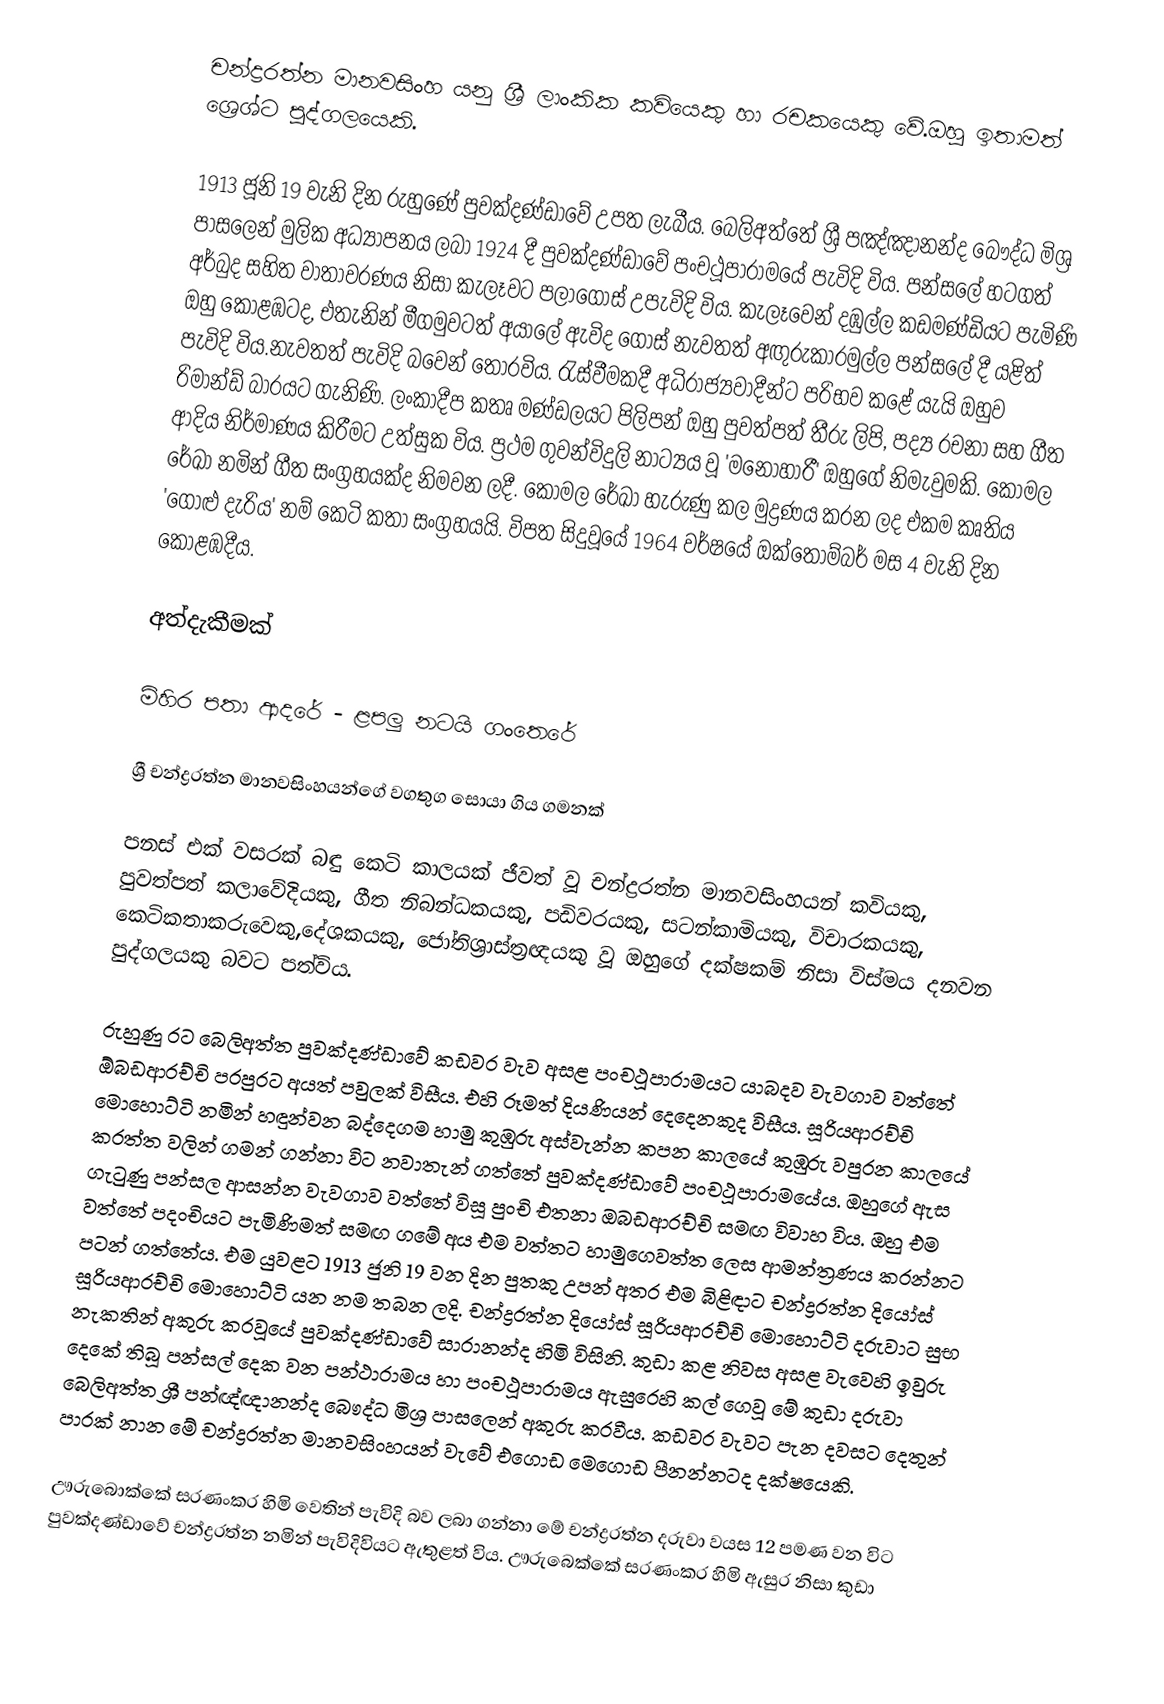
චන්ද්‍රරත්න මානවසිංහ යනු ශ්‍රී ලාංකික කවියෙකු හා රචකයෙකු වේ.ඔහු ඉතාමත් ශ්‍රෙශ්ට පුද්ගලයෙකි.

1913 ජූනි 19 වැනි දින රුහුණේ පුවක්දණ්ඩාවේ උපත ලැබීය. බෙලිඅත්තේ ශ්‍රී පඤ්ඤානන්ද බෞද්ධ මිශ්‍ර පාසලෙන් මුලික අධ්‍යාපනය ලබා 1924 දී පුවක්දණ්ඩාවේ පංචථූපාරාමයේ පැවිදි විය. පන්සලේ හටගත් අර්බුද සහිත වාතාවරණය නිසා කැලෑවට පලාගොස් උපැවිදි විය. කැලෑවෙන් දඹුල්ල කඩමණ්ඩියට පැමිණි ඔහු කොළඹටද, එතැනින් මීගමුවටත් අයාලේ ඇවිද ගොස් නැවතත් අඟුරුකාරමුල්ල පන්සලේ දී යළිත් පැවිදි විය.නැවතත් පැවිදි බවෙන් තොරවිය. රැස්වීමකදී අධිරාජ්‍යවාදීන්ට පරිභව කළේ යැයි ඔහුව රිමාන්ඩ් බාරයට ගැනිණි. ලංකාදීප කතෘ මණ්ඩලයට පිලිපන් ඔහු පුවත්පත් තීරු ලිපි, පද්‍ය රචනා සහ ගීත ආදිය නිර්මාණය කිරීමට උත්සුක විය. ප්‍රථම ගුවන්විදුලි නාට්‍යය වූ 'මනෝහාරී' ඔහු‍ගේ නිමැවුමකි. කෝමල රේඛා නමින් ගීත සංග්‍රහයක්ද නිමවන ලදී. කෝමල රේඛා හැරුණු කල මුද්‍රණය කරන ලද එකම කෘතිය 'ගොළු දැරිය' නම් කෙටි කතා සංග්‍රහයයි. විපත සිදුවූයේ 1964 වර්ෂයේ ඔක්තෝම්බර් මස 4 වැනි දින කොළඹදීය.

අත්දැකීමක්

මිහිර පතා ආදරේ - ළපලු නටයි ගංතෙරේ

ශ්‍රී චන්ද්‍රරත්න මානවසිංහයන්ගේ වගතුග සොයා ගිය ගමනක්

පනස් එක් වසරක් බඳු කෙටි කාලයක් ජීවත් වූ චන්ද්‍රරත්න මානවසිංහයන් කවියකු, පුවත්පත් කලාවේදියකු, ගීත නිබන්ධකයකු, පඩිවරයකු, සටන්කාමියකු, විචාරකයකු, කෙටිකතාකරුවෙකු,දේශකයකු, ජෝතිශ්‍රාස්ත්‍රඥයකු වූ ඔහුගේ දක්ෂකම් නිසා විස්මය දනවන පුද්ගලයකු බවට පත්විය.

රුහුණු රට බෙලිඅත්ත පුවක්දණ්ඩාවේ කඩවර වැව අසළ පංචථූපාරාමයට යාබදව වැවගාව වත්තේ ඕබඩආරච්චි පරපුරට අයත් පවුලක් විසීය. එහි රූමත් දියණියන් දෙදෙනකුද විසීය. සූරියආරච්චි මොහොට්ටි නමින් හඳුන්වන බද්දෙගම හාමු කුඹුරු අස්වැන්න කපන කාලයේ කුඹුරු වපුරන කාලයේ කරත්ත වලින් ගමන් ගන්නා විට නවාතැන් ගත්තේ පුවක්දණ්ඩාවේ පංචථූපාරාමයේය. ඔහුගේ ඇස ගැටුණු පන්සල ආසන්න වැවගාව වත්තේ විසූ පුංචි එතනා ඔබඩආරච්චි සමඟ විවාහ විය. ඔහු එම වත්තේ පදංචියට පැමිණිමත් සමඟ ගමේ අය එම වත්තට හාමුගෙවත්ත ලෙස ආමන්ත්‍රණය කරන්නට පටන් ගත්තේය. එම යුවළට 1913 ජුනි 19 වන දින පුතකු උපන් අතර එම බිළිඳාට චන්ද්‍රරත්න දියෝස් සූරියආරච්චි මොහොට්ටි යන නම තබන ලදි. චන්ද්‍රරත්න දියෝස් සූරියආරච්චි මොහොට්ටි දරුවාට සුභ නැකතින් අකුරු කරවූයේ පුවක්දණ්ඩාවේ සාරානන්ද හිමි විසිනි. කුඩා කළ නිවස අසළ වැවෙහි ඉවුරු දෙකේ තිබූ පන්සල් දෙක වන පන්ථාරාමය හා පංචථූපාරාමය ඇසුරෙහි කල් ගෙවූ මේ කුඩා දරුවා බෙලිඅත්ත ශ්‍රී පන්ඥ්ඥානන්ද බෞද්ධ මිශ්‍ර පාසලෙන් අකුරු කරවීය. කඩවර වැවට පැන දවසට දෙතුන් පාරක් නාන මේ චන්ද්‍රරත්න මානවසිංහයන් වැවේ එගොඩ මෙගොඩ පීනන්නටද දක්ෂයෙකි.

ඌරුබොක්කේ සරණංකර හිමි වෙතින් පැවිදි බව ලබා ගන්නා මේ චන්ද්‍රරත්න දරුවා වයස 12 පමණ වන විට පුවක්දණ්ඩාවේ චන්ද්‍රරත්න නමින් පැවිදිවියට ඇතුළත් විය. ඌරුබෙක්කේ සරණංකර හිමි ඇසුර නිසා කුඩා